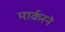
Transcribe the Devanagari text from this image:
मार्करने